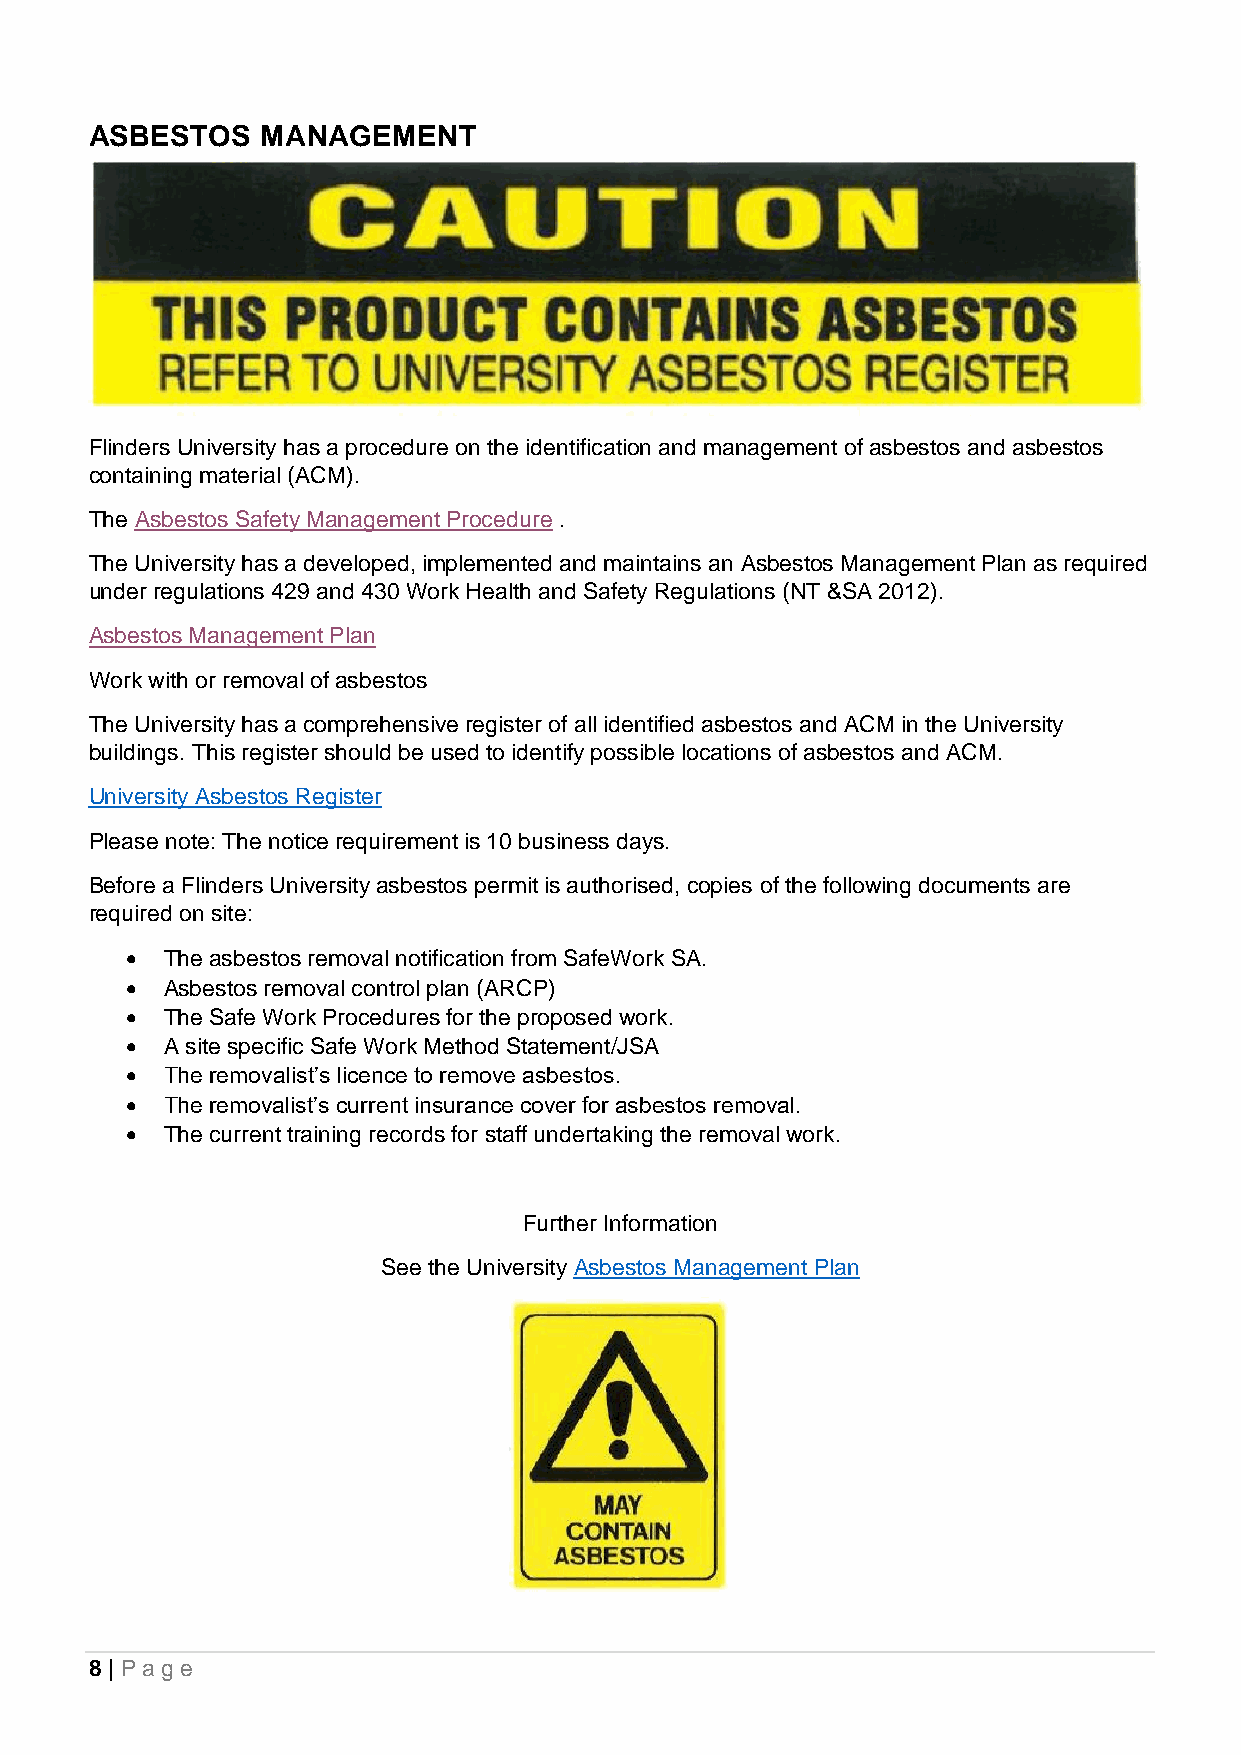
ASBESTOS   MANAGEMENT
 Flinders University has a procedure on the identification and management of asbestos and asbestos
 containing material (ACM).
 The Asbestos Safety Management Procedure .
 The University has a developed, implemented and maintains an Asbestos Management Plan as required
 under regulations 429 and 430 Work Health and Safety Regulations (NT &SA 2012).
 Asbestos Management Plan
 Work with or removal of asbestos
 The University has a comprehensive register of all identified asbestos and ACM in the University
 buildings. This register should be used to identify possible locations of asbestos and ACM.
 University Asbestos Register
 Please note: The notice requirement is 10 business days.
 Before a Flinders University asbestos permit is authorised, copies of the following documents are
 required on site:
 •  The asbestos removal notification from SafeWork SA.
 •  Asbestos removal control plan (ARCP)
 •  The Safe Work Procedures for the proposed work.
 •  A site specific Safe Work Method Statement/JSA
 •  The removalist’s licence to remove asbestos.
 •  The removalist’s current insurance cover for asbestos removal.
 •  The current training records for staff undertaking the removal work.
 Further Information
 See the University Asbestos Management Plan
 8 | Pa g e